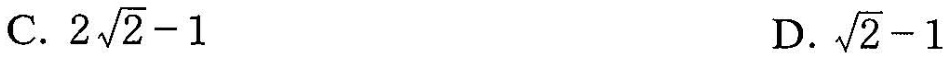
C. $$2 \sqrt{2}-1$$ D. $$\sqrt{2}-1$$